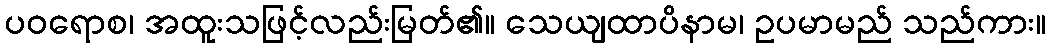
ပဝရောစ၊ အထူးသဖြင့်လည်းမြတ်၏။ သေယျထာပိနာမ၊ ဥပမာမည် သည်ကား။